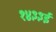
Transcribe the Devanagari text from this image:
१४३३ई